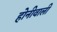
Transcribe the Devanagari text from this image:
होनीवाली